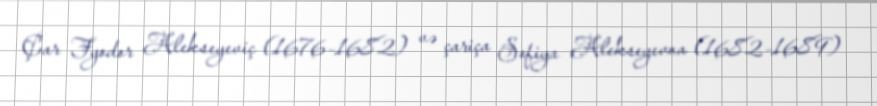
Çar Fyodor Alekseyeviç (1676–1682) və çariça Sofiya Alekseyevna (1682–1689)